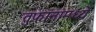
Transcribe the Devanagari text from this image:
तुफानांमध्ये